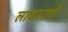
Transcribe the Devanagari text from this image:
लावास्तरोें